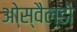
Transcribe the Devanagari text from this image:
ओस्वैल्डो